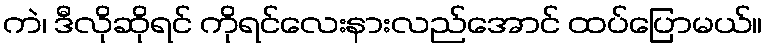
ကဲ၊ ဒီလိုဆိုရင် ကိုရင်လေးနားလည်အောင် ထပ်ပြောမယ်။